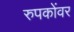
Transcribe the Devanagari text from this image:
रुपकोंवर